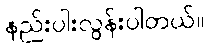
နည်းပါးလွန်းပါတယ်။